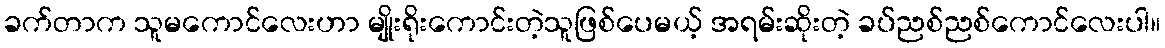
ခက်တာက သူမကောင်လေးဟာ မျိုးရိုးကောင်းတဲ့သူဖြစ်ပေမယ့် အရမ်းဆိုးတဲ့ ခပ်ညစ်ညစ်ကောင်လေးပါ။